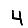
Digit: 4